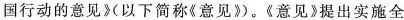
国行动的意见》(以下简称《意见》。《意见》提出实施全